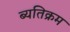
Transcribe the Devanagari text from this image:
ब्यतिक्रम